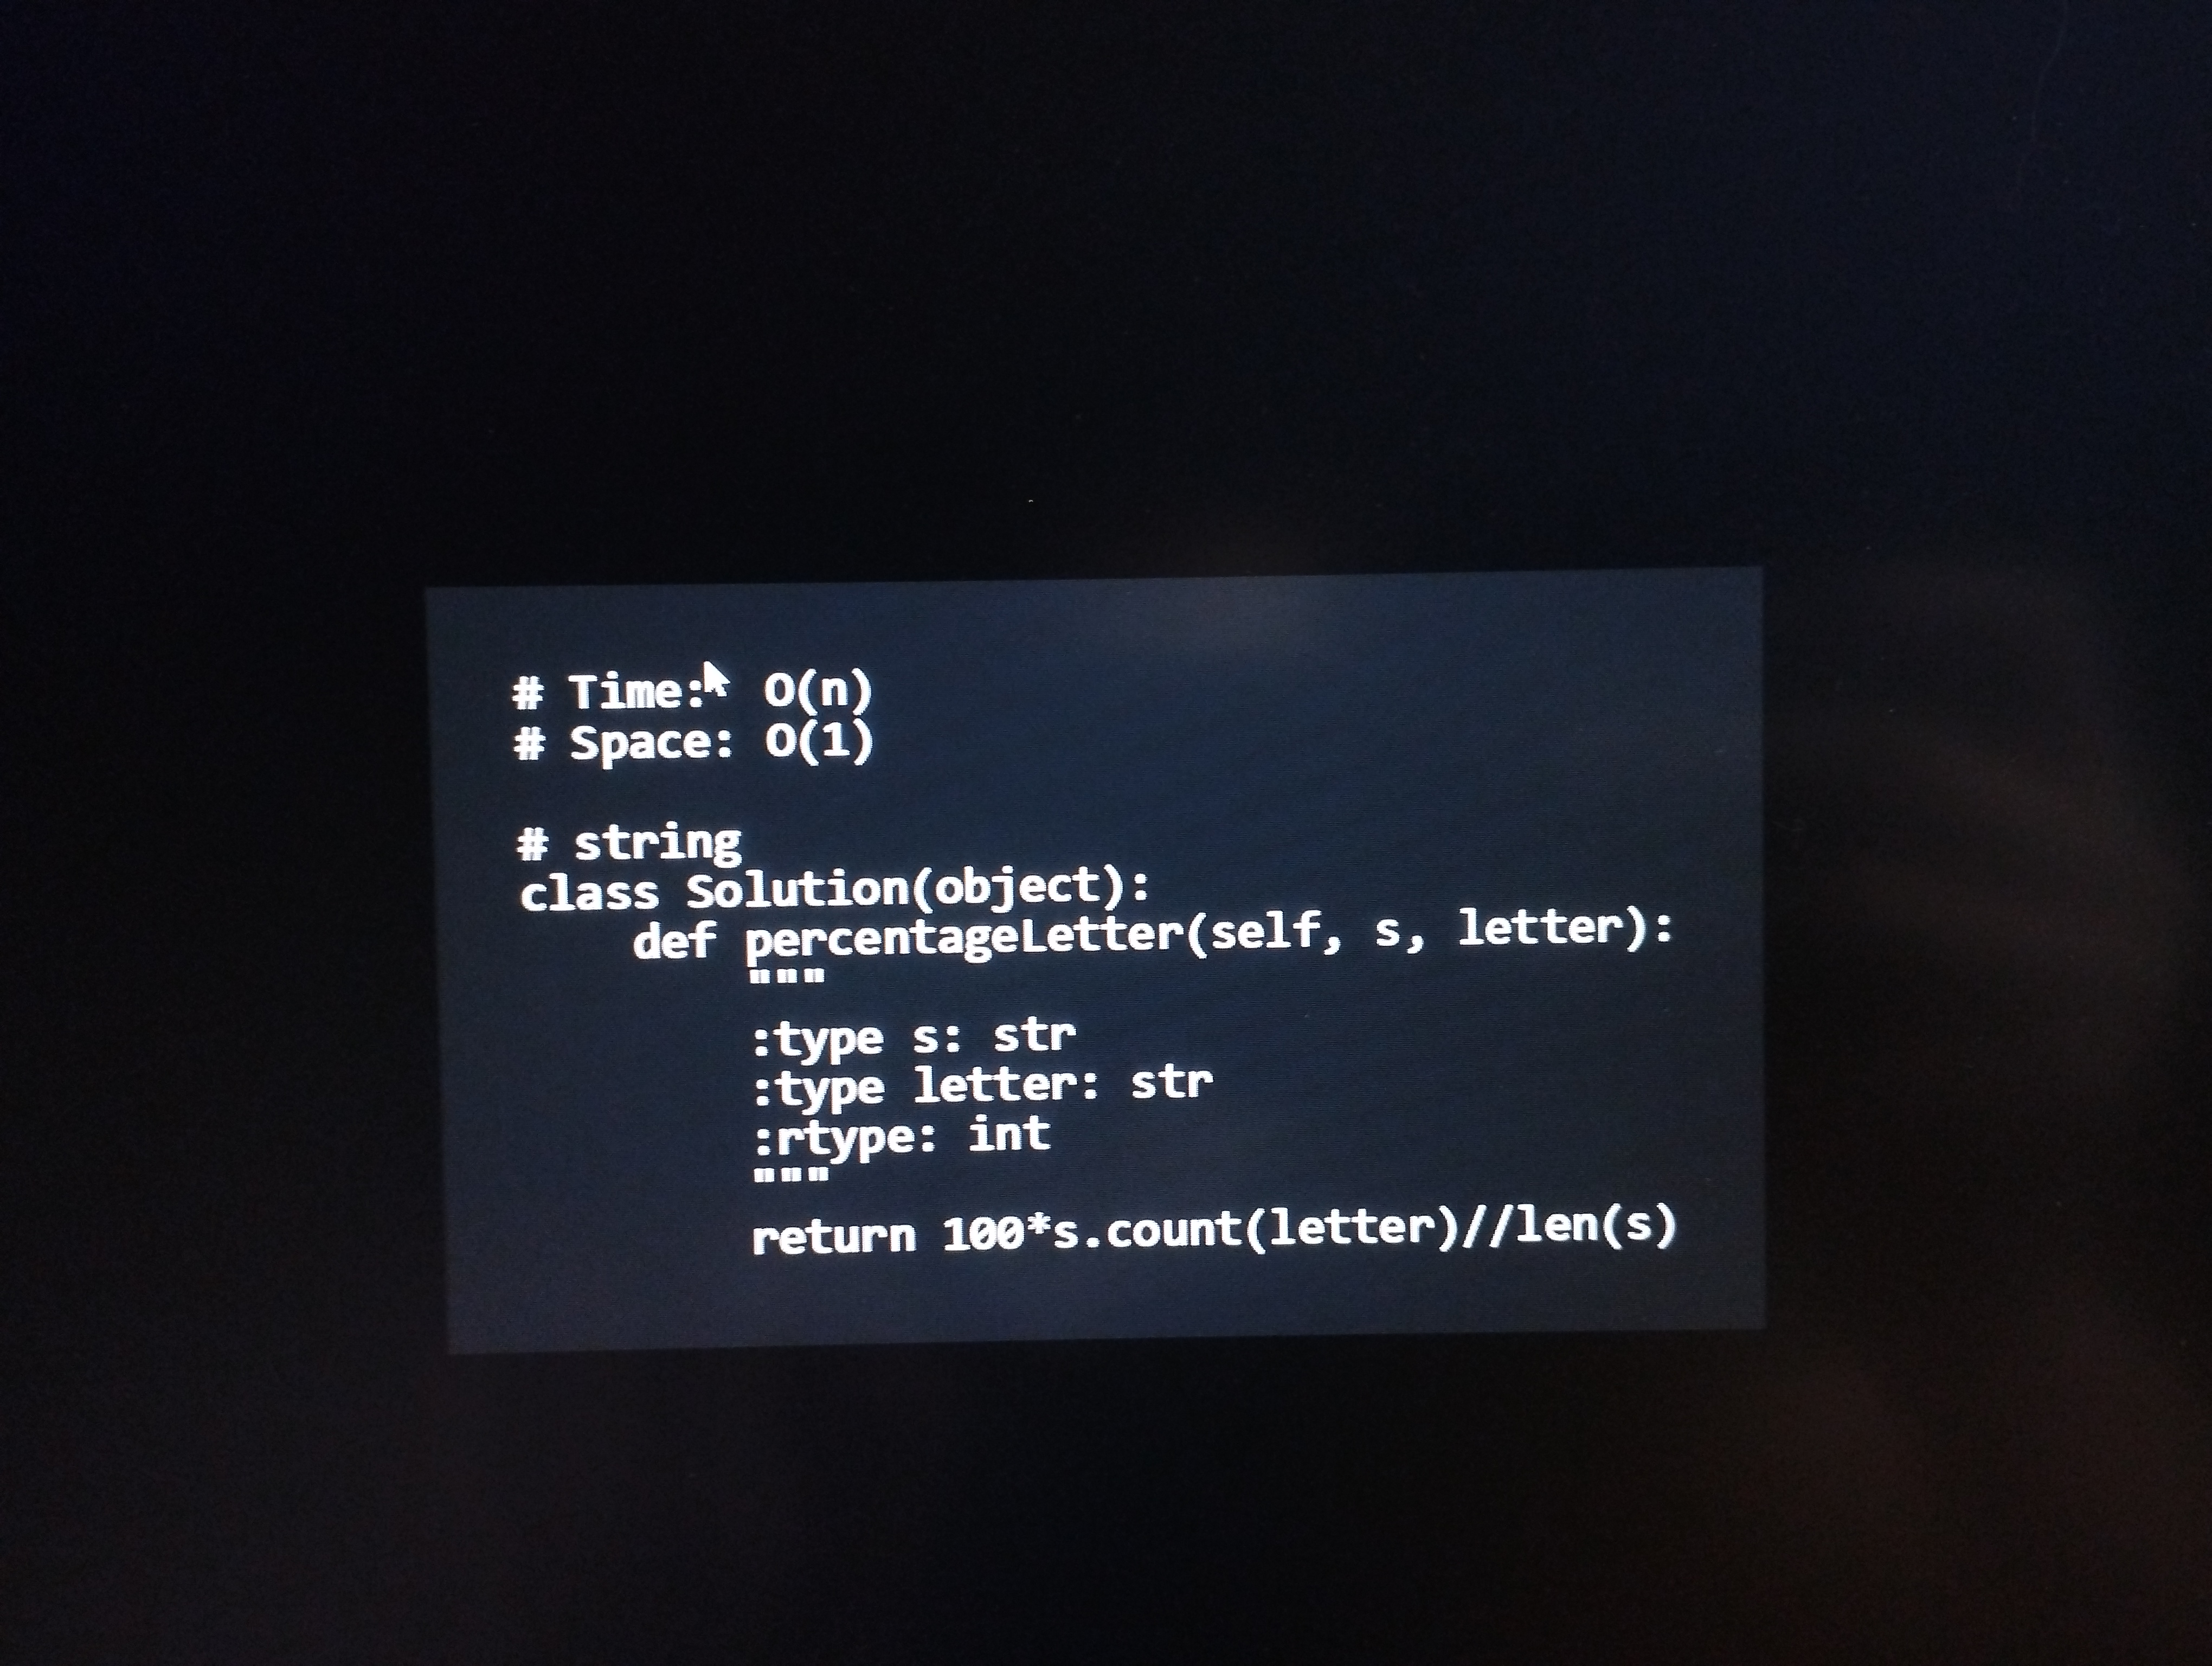
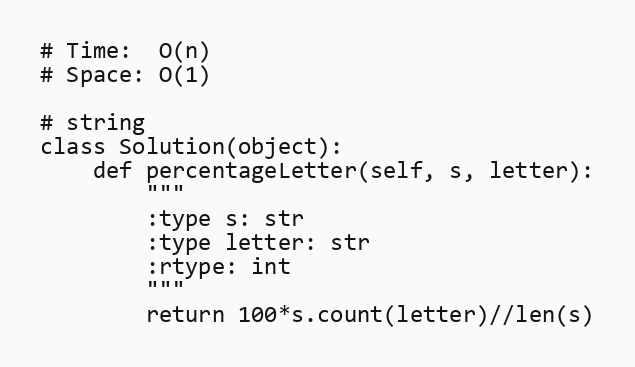
# Time:  O(n)
# Space: O(1)

# string
class Solution(object):
    def percentageLetter(self, s, letter):
        """
        :type s: str
        :type letter: str
        :rtype: int
        """
        return 100*s.count(letter)//len(s)